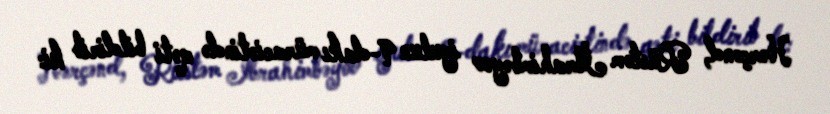
Hərçənd, Rüstəm İbrahimbəyov iyulun 9-dakı müraciətində qəti bildirib ki: